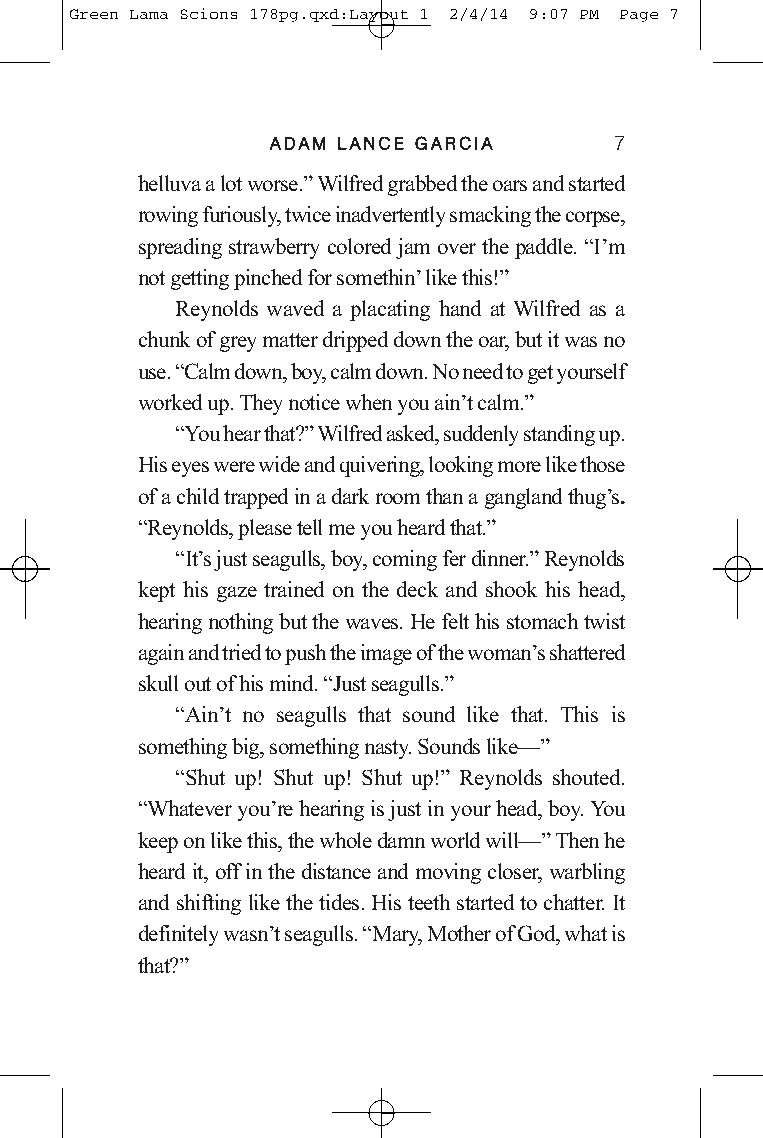
Green Lama Scions 178pg.qxd:Layout 1 2/4/14 9:07 PM Page 7
 AADDAAMM LLAANNCCEE GGAARRCCIIAA 7
 helluva a lot worse.”Wilfred grabbed the oars and started
 rowing furiously, twice inadvertently smacking the corpse,
 spreading strawberrycoloredjam over the paddle. “I’m
 not getting pinched for somethin’like this!”
 Reynolds waved a placating hand at Wilfred as a
 chunk of grey matter dripped down the oar, but it was no
 use. “Calm down, boy, calm down. No need to get yourself
 worked up. They notice when you ain’t calm.”
 “You hear that?”Wilfred asked, suddenly standing up.
 His eyes were wide and quivering, looking more like those
 of a child trapped in a dark room than a gangland thug’s.
 “Reynolds, please tell me you heard that.”
 “It’s just seagulls, boy, coming fer dinner.”Reynolds
 kept his gaze trained on the deck and shook his head,
 hearing nothing but the waves. He felt his stomach twist
 again and tried to push the image of the woman’s shattered
 skull out of his mind. “Just seagulls.”
 “Ain’t no seagulls that sound like that. This is
 something big, something nasty. Sounds like—”
 “Shut up! Shut up! Shut up!” Reynolds shouted.
 “Whatever you’re hearing is just in your head, boy. You
 keep on like this,the whole damn world will—”Then he
 heard it, off in the distance and moving closer, warbling
 and shifting like the tides. His teeth started to chatter. It
 definitely wasn’t seagulls. “Mary, Mother of God, what is
 that?”